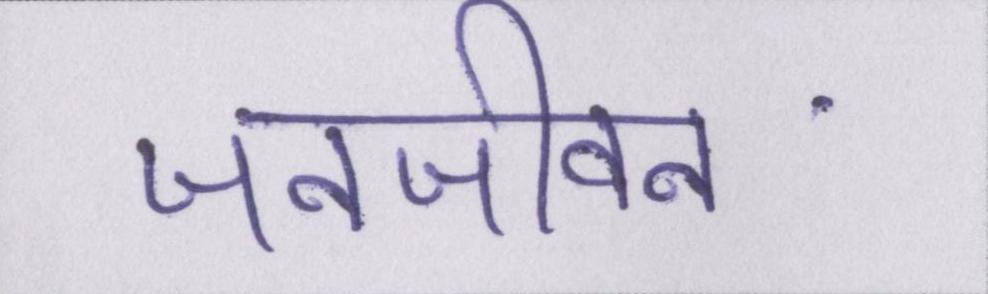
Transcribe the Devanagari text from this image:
जनजीवन